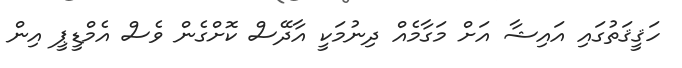
ހަޤީޤަތުގައި އައިޝާ އަށް މަގާމެއް ދިނުމަކީ އާދޭސް ކޮށްގެން ވެސް އެމްޑީޕީ އިން